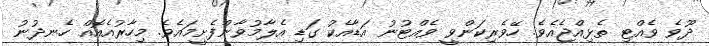
ދޫވެ ވެއްޓި ތެޅިއްޖެއެވެ. ހޭވެރިކަންވީ ވެއްޓުނު އަޑާއެކު ގަޑި އެލާމުވާންފެށީމައެވެ. މިހާރުއެއޮއް ހެނދުނު